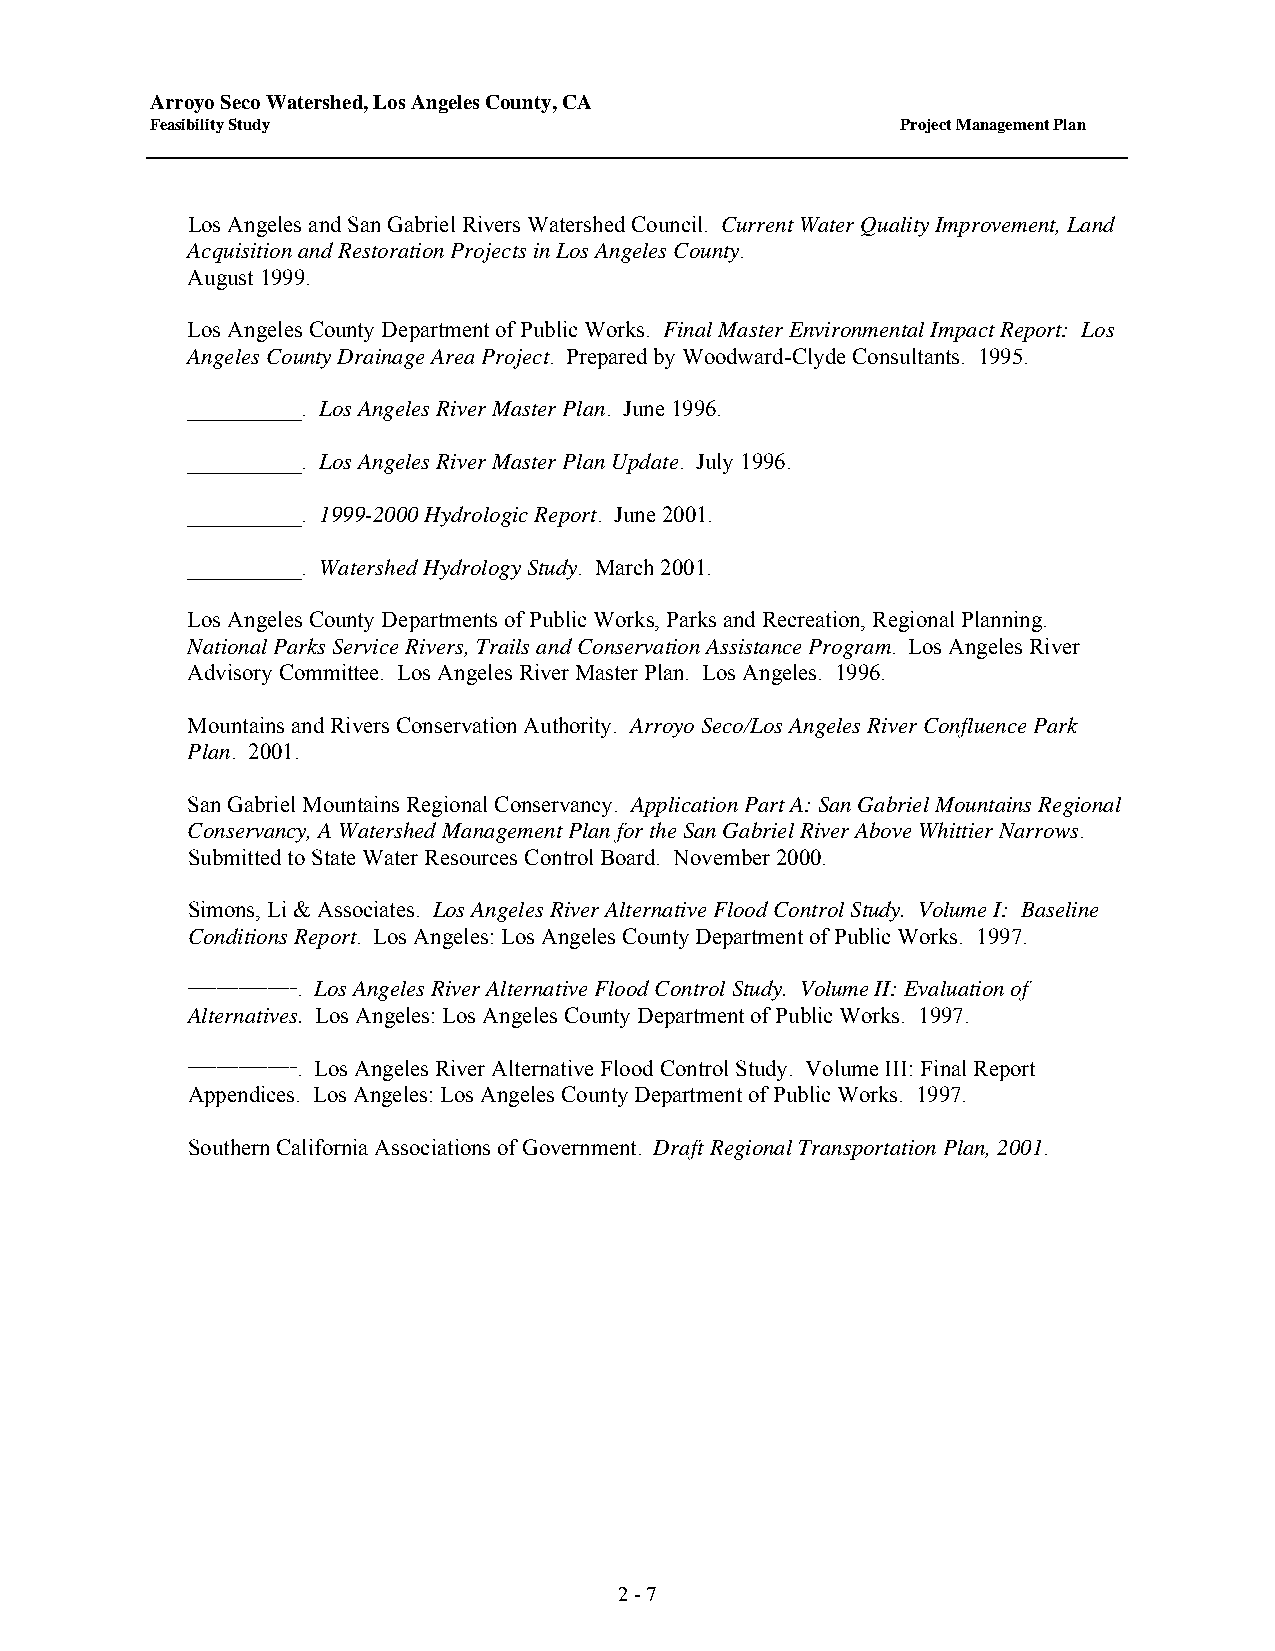
Arroyo Seco Watershed, Los Angeles County, CA
 Feasibility Study                                 Project Management Plan
 Los Angeles and San Gabriel Rivers Watershed Council. Current Water Quality Improvement, Land
 Acquisition and Restoration Projects in Los Angeles County.
 August 1999.
 Los Angeles County Department of Public Works. Final Master Environmental Impact Report: Los
 Angeles County Drainage Area Project. Prepared by Woodward-Clyde Consultants. 1995.
 __________. Los Angeles River Master Plan. June 1996.
 __________. Los Angeles River Master Plan Update. July 1996.
 __________. 1999-2000 Hydrologic Report. June 2001.
 __________. Watershed Hydrology Study. March 2001.
 Los Angeles County Departments of Public Works, Parks and Recreation, Regional Planning.
 National Parks Service Rivers, Trails and Conservation Assistance Program. Los Angeles River
 Advisory Committee. Los Angeles River Master Plan. Los Angeles. 1996.
 Mountains and Rivers Conservation Authority. Arroyo Seco/Los Angeles River Confluence Park
 Plan. 2001.
 San Gabriel Mountains Regional Conservancy. Application Part A: San Gabriel Mountains Regional
 Conservancy, A Watershed Management Plan for the San Gabriel River Above Whittier Narrows.
 Submitted to State Water Resources Control Board. November 2000.
 Simons, Li & Associates. Los Angeles River Alternative Flood Control Study. Volume I: Baseline
 Conditions Report. Los Angeles: Los Angeles County Department of Public Works. 1997.
 _______________. Los Angeles River Alternative Flood Control Study. Volume II: Evaluation of
 Alternatives. Los Angeles: Los Angeles County Department of Public Works. 1997.
 _______________. Los Angeles River Alternative Flood Control Study. Volume III: Final Report
 Appendices. Los Angeles: Los Angeles County Department of Public Works. 1997.
 Southern California Associations of Government. Draft Regional Transportation Plan, 2001.
 2 - 7